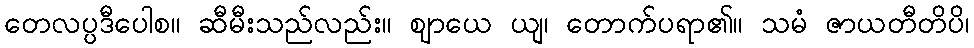
တေလပ္ပဒီပေါစ။ ဆီမီးသည်လည်း။ ဈာယေ ယျ၊ တောက်ပရာ၏။ သမံ ဇာယတီတိပိ၊